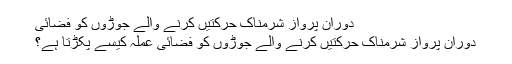
دوران پرواز شرمناک حرکتیں کرنے والے جوڑوں کو فضائی
دوران پرواز شرمناک حرکتیں کرنے والے جوڑوں کو فضائی عملہ کیسے پکڑتا ہے؟